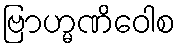
ဗြာဟ္မဏိဝေါစ